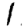
Digit: 1